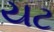
યટ